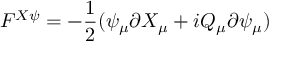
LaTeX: F ^ { X \psi } = - \frac { 1 } { 2 } ( \psi _ { \mu } \partial X _ { \mu } + i Q _ { \mu } \partial \psi _ { \mu } )